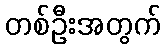
တစ်ဦးအတွက်